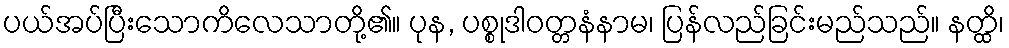
ပယ်အပ်ပြီးသောကိလေသာတို့၏။ ပုန, ပစ္စုဒါဝတ္တနံနာမ၊ ပြန်လည်ခြင်းမည်သည်။ နတ္ထိ၊